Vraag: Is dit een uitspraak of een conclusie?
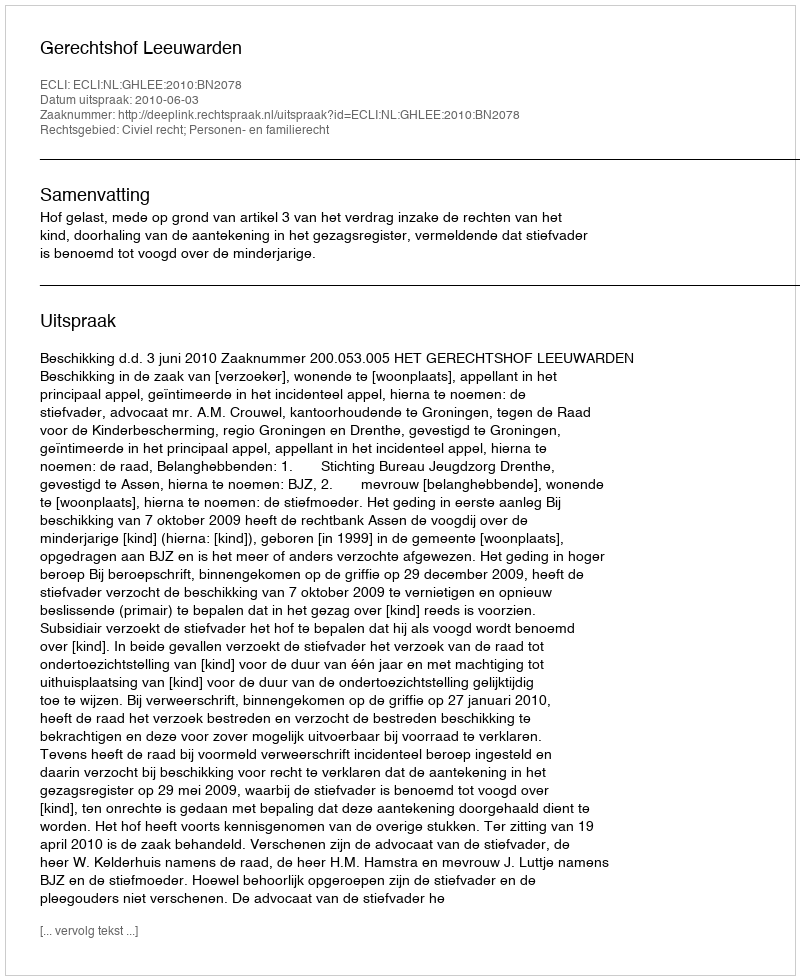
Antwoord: Uitspraak